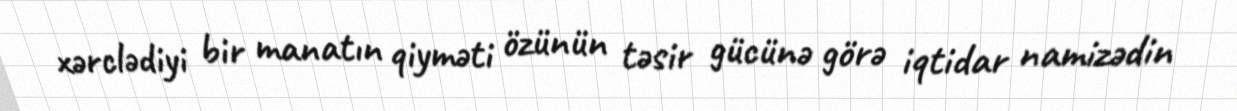
xərclədiyi bir manatın qiyməti özünün təsir gücünə görə iqtidar namizədin